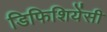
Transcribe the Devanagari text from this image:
डिफिशियेंसी